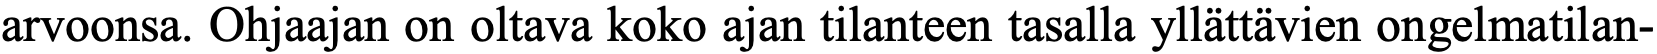
arvoonsa. Ohjaajan on oltava koko ajan tilanteen tasalla yllättävien ongelmatilan-